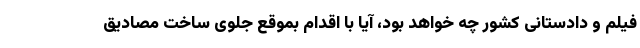
فیلم و دادستانی کشور چه خواهد بود، آیا با اقدام بموقع جلوی ساخت مصادیق